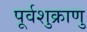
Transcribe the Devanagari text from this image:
पूर्वशुक्राणु